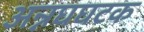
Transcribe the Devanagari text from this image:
अन्नघघटक